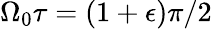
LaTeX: \Omega_{0}\tau=(1+\epsilon)\pi/2